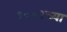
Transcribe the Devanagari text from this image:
१००१च्या